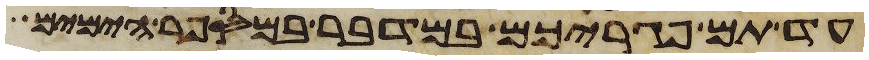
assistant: עד תם פגריכם במדבר במספר הימים